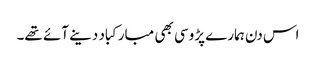
اس دن ہمارے پڑوسی بھی مبارکباد دینے آئے تھے۔